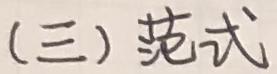
(三) 范式